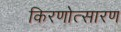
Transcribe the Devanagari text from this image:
किरणोत्सारण